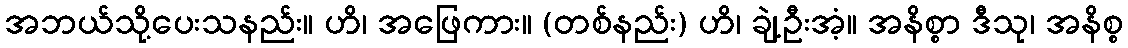
အဘယ်သို့ပေးသနည်း။ ဟိ၊ အဖြေကား။ (တစ်နည်း) ဟိ၊ ချဲ့ဦးအံ့။ အနိစ္စာ ဒီသု၊ အနိစ္စ